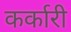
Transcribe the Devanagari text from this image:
कर्कारी